Insane asylums in Bengal annual reports 1876-1887 - 1876-1887
Year: 1876
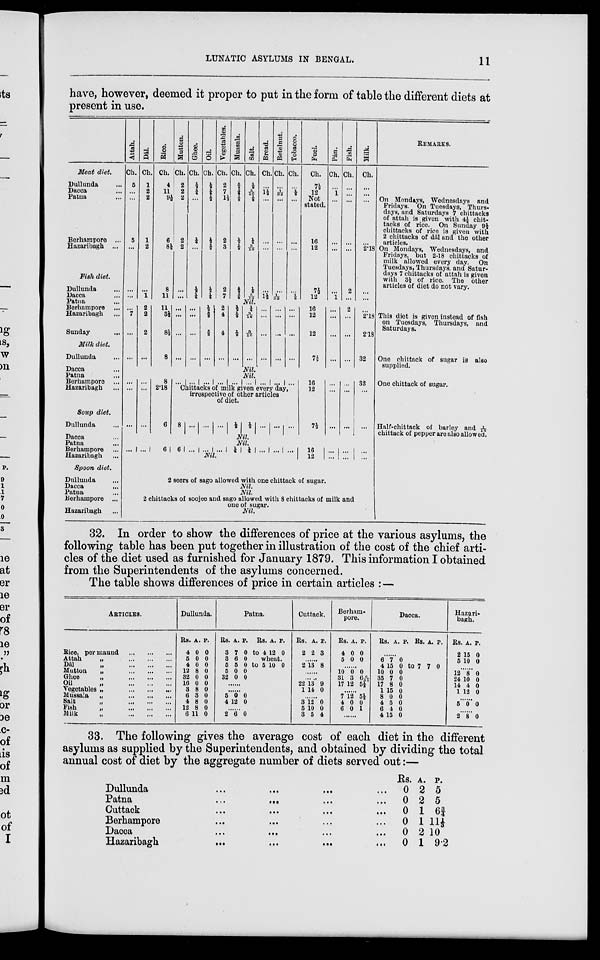
LUNATIC ASYLUMS IN BENGAL.
11
have, however, deemed it proper to put in the form of table the different diets at
present in use.
Meat diet.
Dullunda ...
Dacca ...
Patna ...
Berhampore ...
Hazaribagh ...
Fish diet.
Dullunda ...
Dacca ...
Patna ...
Berhampore ...
Hazaribagh ...
Sunday ...
Milk diet.
Dullunda ...
Dacca ...
Patna ...
Berhampore ...
Hazaribagh ...
Soup diet.
Dullunda ...
Dacca ...
Patna ...
Berhampore ...
Hazaribagh ...
Spoon diet.
Dullunda ...
Dacca
...
Patna ...
Berhampore ...
Hazaribagh ...
Attah.
Ch.
5
...
...
5
...
...
...
Dâl.
Ch.
1
2
2
1
2
...
1
Rice.
Ch.
4
11
9½
6
8½
8
11
Mutton.
Ch.
2
2
2
2
2
...
...
Ghee.
Ch.
½
¼
...
¼
...
½
¼
Oil.
Ch.
½
¼
½
4
⅜
½
¼
Vegetables.
Ch.
2
7
1½
2
3
2
7
Mussala.
Ch.
⅝
¾
⅛
4
⅛
⅝ ¾
Salt.
Ch.
⅛
5/16
⅛
4
3/16
⅛
5/16
Bread.
Ch.
...
1½
...
...
...
...
1½
Betelnut.
Ch.
...
1/32
...
...
...
...
1/32
Tobacco.
Ch.
...
⅛
...
...
...
...
⅛
Fuel.
Ch.
7½
12
Not
stated.
16
12
7½
12
Pán.
Ch.
...
1
...
...
...
...
1
Fish.
Ch.
...
...
...
...
...
2
...
Milk.
Ch.
...
...
...
2.18
...
...
Nil.
...
7
...
...
2
2
2
...
11
3½
8½
8
...
...
...
...
...
...
...
...
½ ⅜
⅜
...
2
4
4
...
½
⅛
⅛
...
¼
3/16
3/16
...
...
...
...
...
...
...
...
...
...
...
...
...
16
12
12
7½
...
...
...
...
2
...
...
...
...
2.18
2.18
32
Nil.
Nil.
...
...
...
...
...
...
8
2.18
6
... ... ... ... ... ... ... ... ...
Chittacks of milk given every day,
irrespective of other articles
of diet.
8 ... ... ... ½ ⅛ ... ... ...
16
12
7½
...
...
...
...
...
...
32
...
...
Nil.
Nil.
... ...
6
6 ... ... ...
¼ ¼ ... ... ...
Nil
16
12
...
...
...
...
...
...
2 seers of sago allowed with one chittack of sugar.
Nil.
Nil.
2 chittacks of soojee and sago allowed with 8 chittacks of milk and
one of sugar.
Nil.
REMARKS.
On Mondays, Wednesdays and
Fridays. On Tuesdays, Thurs
days, and Saturdays 7 chittacks
of attah is given with 4½ chit
tacks of rice. On Sunday 94
chittacks of rice is given with
2 chittacks of dâl and the other
articles.
On Mondays, Wednesdays, and
Fridays, but 2.18 chittacks of
milk allowed every day. On
Tuesdays, Thursdays, and Satur
days 7 chittacks of attah is given
with 3½ of rice. The other
articles of diet do not vary.
...
This diet is given instead of fish
on Tuesdays, Thursdays, and
Saturdays.
One chittack of sugar is also
supplied.
One chittack of sugar.
Half-chittack of barley and 1/16
chittack of pepper are also allowed.
32. In order to show the differences of price at the various asylums, the
following table has been put together in illustration of the cost of the chief arti
cles of the diet used as furnished for January 1879. This information I obtained
from the Superintendents of the asylums concerned.
The table shows differences of price in certain articles : —
ARTICLES.
Rice, per maund ... ... ...
Attah „ ... ... ...
Dâl
„
...
...
...
Mutton
„
...
...
...
Ghee
„
...
...
...
Oil
„
...
...
...
Vegetables „ ... ... ...
Mussala
„
...
...
...
Salt
„
...
...
...
Fish
„
...
...
...
Milk
„
...
...
...
Dullunda.
Rs.
4
5
4
12
32
16
3
6
4
12
6
A.
0
0
0
8
0
0
8
3
8
8
11
P.
0
0
0
0
0
0
0
0
0
0
0
Patna.
Rs.
3
3
5
5
32
A.
7
6
5
0
0
P.
Rs.
0 to 4
0
0
0
0
......
......
5
4
0
12
0
0
......
2 6 0
A.
12
P.
0
wheat.
to 5 10 0
Cuttack.
Rs.
2
A.
2
P.
3
......
2 13 8
......
......
22
1
13
14
9
0
......
3
5
3
12
10
5
0
0
4
Berham
pore.
Rs.
4
6
A.
0
0
P.
0
0
......
10
31
17
0
3
12
0
6 6/41
5 1/3
......
7
4
6
12
0
0
5⅓
0
1
......
Dacca.
Rs. A. P.
......
6
4
10
35
17
1
8
4
6
4
7
15
0
7
8
15
0
5
4
15
0
Rs.
0 to 7
0
0
0
0
0
0
0
0
A.
7
P.
0
Hazari
bagh.
Rs.
2
5
A.
15
10
P.
0
0
......
12
24
14
1
8
10
4
12
0
0
0
0
......
5 0 0
......
2 8 0
33. The following gives the average cost of each diet in the different
asylums as supplied by the Superintendents, and obtained by dividing the total
annual cost of diet by the aggregate number of diets served out:—
Dullunda ... ... ... ... ... ...
Patna
...
... ... ... ... ...
Cuttack
...
...
...
...
...
...
Berhampore ... ... ... ... ... ...
Dacca ... ... ... ... ... ...
Hazaribagh
...
...
...
...
...
...
Rs.
0
0
0
0
0
0
A.
2
2
1
1
2
1
P.
5
5
6¾
11⅓
10
9.2